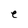
Character: e